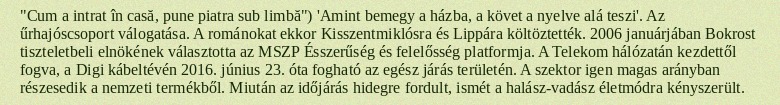
"Cum a intrat în casă, pune piatra sub limbă") 'Amint bemegy a házba, a követ a nyelve alá teszi'. Az űrhajóscsoport válogatása. A románokat ekkor Kisszentmiklósra és Lippára költöztették. 2006 januárjában Bokrost tiszteletbeli elnökének választotta az MSZP Ésszerűség és felelősség platformja. A Telekom hálózatán kezdettől fogva, a Digi kábeltévén 2016. június 23. óta fogható az egész járás területén. A szektor igen magas arányban részesedik a nemzeti termékből. Miután az időjárás hidegre fordult, ismét a halász-vadász életmódra kényszerült.